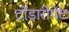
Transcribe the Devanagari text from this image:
टोंडारीपेट